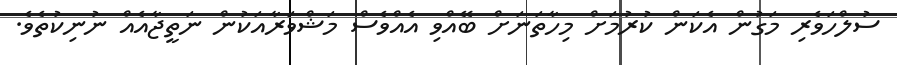
ސުލްހަވެރި މަގުން އެކަން ކުރުމަށް މިހާތަނަށް ބޭއްވި އެއްވެސް މަޝްވަރާއަކުން ނަތީޖާއެއް ނުނިކުތެވެ.